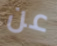
عن